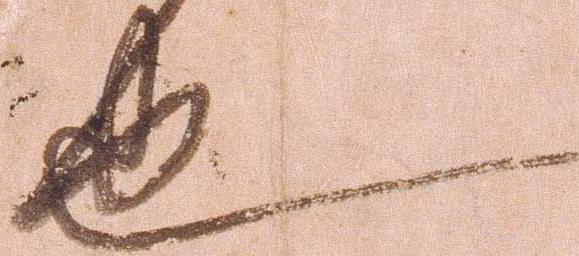
也